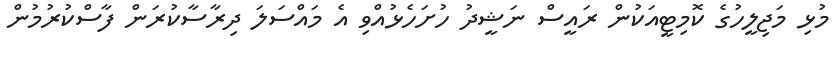
މުޅި މަޖިލީހުގެ ކޮމިޓީއަކުން ރައީސް ނަޝީދު ހުށަހެޅުއްވި އެ މައްސަލަ ދިރާސާކުރަން ފާސްކުރުމުން